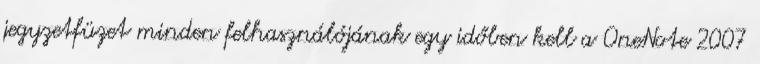
jegyzetfüzet minden felhasználójának egy időben kell a OneNote 2007